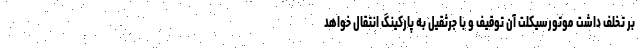
بر تخلف داشت موتورسیکلت آن توقیف و با جرثقیل به پارکینگ انتقال خواهد